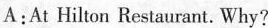
A:At Hilton Restaurant. Why?